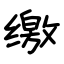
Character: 缴